Indian journal of veterinary science and animal husbandry - Volumes 18-21, 1948-1951
Year: 1948
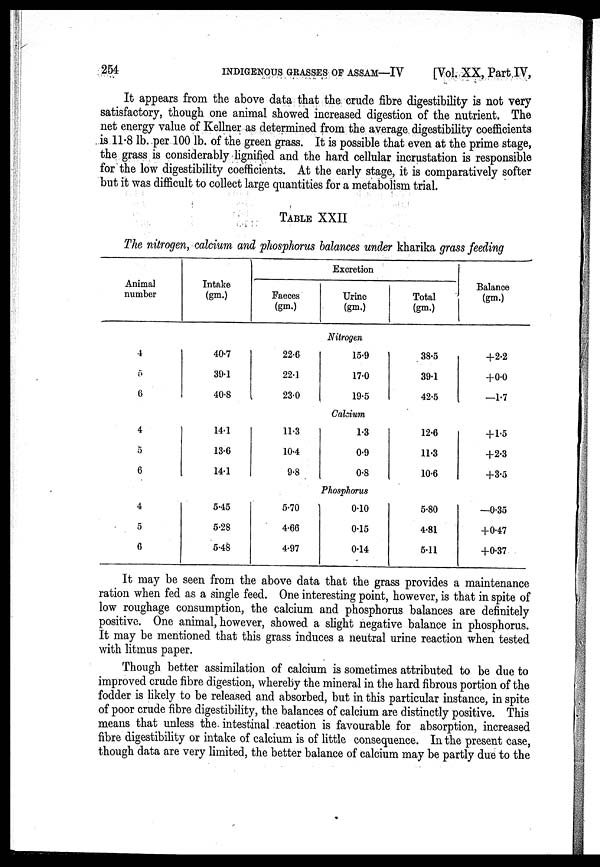
254
INDIGENOUS GRASSES OF ASSAM—IV
[Vol. XX, Part IV,
It appears from the above data that the crude fibre digestibility is not very
satisfactory, though one animal showed increased digestion of the nutrient. The
net energy value of Kellner as determined from the average digestibility coefficients
is 11.8 lb. per 100 lb. of the green grass. It is possible that even at the prime stage,
the grass is considerably lignified and the hard cellular incrustation is responsible
for the low digestibility coefficients. At the early stage, it is comparatively softer
but it was difficult to collect large quantities for a metabolism trial.
TABLE XXII
The nitrogen, calcium and phosphorus balances under kharika grass feeding
Animal
number
4
5
6
4
5
6
4
5
6
Intake
(gm.)
Excretion
Faeces
(gm.)
Urine
(gm.)
Total
(gm.)
Balance
(gm.)
Nitrogen
40.7
39.1
40.8
22.6
22.1
23.0
15.9
17.0
19.5
38.5
39.1
42.5
+2.2
+0.0
—1.7
Calcium
14.1
13.6
14.1
11.3
10.4
9.8
1.3
0.9
0.8
12.6
11.3
10.6
+1.5
+2.3
+3.5
Phosphorus
5.45
5.28
5.48
5.70
4.66
4.97
0.10
0.15
0.14
5.80
4.81
5.11
—0.35
+0.47
+0.37
It may be seen from the above data that the grass provides a maintenance
ration when fed as a single feed. One interesting point, however, is that in spite of
low roughage consumption, the calcium and phosphorus balances are definitely
positive. One animal, however, showed a slight negative balance in phosphorus.
It may be mentioned that this grass induces a neutral urine reaction when tested
with litmus paper.
Though better assimilation of calcium is sometimes attributed to be due to
improved crude fibre digestion, whereby the mineral in the hard fibrous portion of the
fodder is likely to be released and absorbed, but in this particular instance, in spite
of poor crude fibre digestibility, the balances of calcium are distinctly positive. This
means that unless the intestinal reaction is favourable for absorption, increased
fibre digestibility or intake of calcium is of little consequence. In the present case,
though data are very limited, the better balance of calcium may be partly due to the